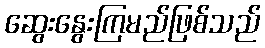
ဆွေးနွေးကြမည်ဖြစ်သည်